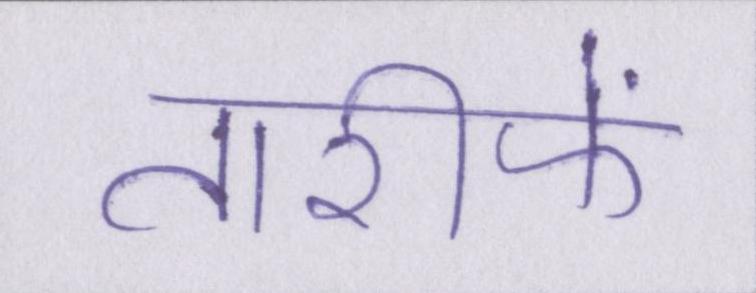
तारीफें